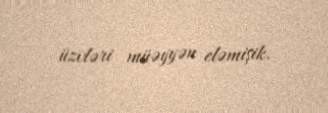
üzvləri müəyyən eləmişik.